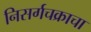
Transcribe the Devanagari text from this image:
निसर्गचक्राचा